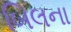
બિલના